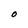
Character: O